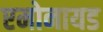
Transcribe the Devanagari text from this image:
एमोनायड